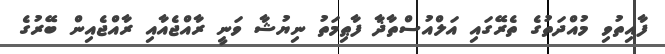
ފާއިތުވި މުއްދަތުގެ ތެރޭގައި އަލްއުސްތާޛާ ފާޠިމަތު ނިޔުޝާ ވަނީ ރާއްޖެއާއި ރާއްޖެއިން ބޭރުގެ